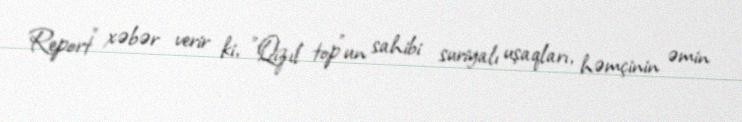
Report" xəbər verir ki, "Qızıl top"un sahibi suriyalı uşaqları, həmçinin əmin